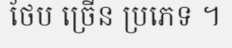
ថែប ច្រើន ប្រភេទ ។